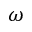
\omega